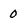
Character: 0